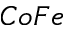
C o F e